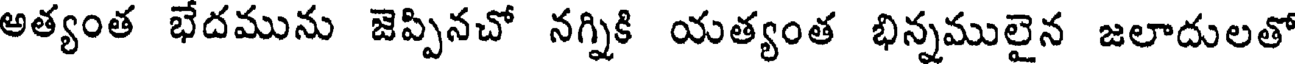
అత్యంత భేదమును జెప్పినచో నగ్నికి యత్యంత భిన్నములైన జలాదులతో